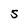
Character: S